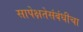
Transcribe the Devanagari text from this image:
सापेक्षतेसंबंधीचा